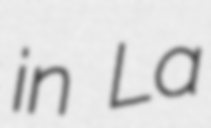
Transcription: in La